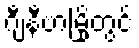
ဂျီနီဗာမြို့တွင်